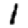
Digit: 1